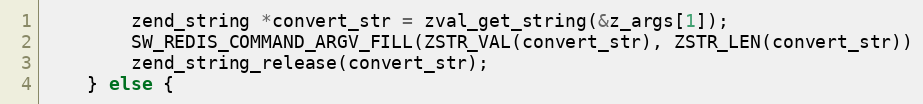
Language: C++
        zend_string *convert_str = zval_get_string(&z_args[1]);
        SW_REDIS_COMMAND_ARGV_FILL(ZSTR_VAL(convert_str), ZSTR_LEN(convert_str))
        zend_string_release(convert_str);
    } else {